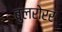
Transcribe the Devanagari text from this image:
बुलरोरर